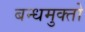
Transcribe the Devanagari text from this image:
बन्धमुक्तो